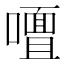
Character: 𭋢